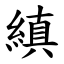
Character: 縝